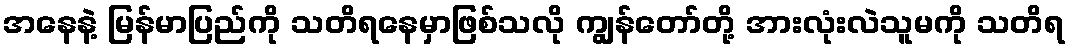
အနေနဲ့ မြန်မာပြည်ကို သတိရနေမှာဖြစ်သလို ကျွန်တော်တို့ အားလုံးလဲသူမကို သတိရ